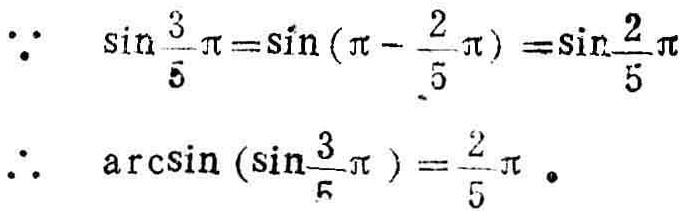
\(\because \sin\frac{3}{5}\pi = \sin(\pi - \frac{2}{5}\pi)=\sin\frac{2}{5}\pi\)
\(\therefore \arcsin(\sin\frac{3}{5}\pi)=\frac{2}{5}\pi\)